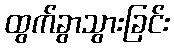
ထွက်ခွာသွားခြင်း